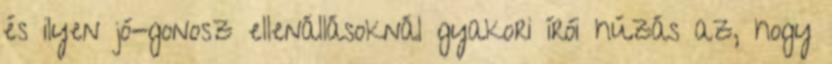
és ilyen jó-gonosz ellenállásoknál gyakori írói húzás az, hogy